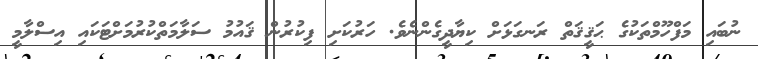
ނުބައި މަފްހޫމްތަކުގެ ޙަޤީޤަތް ރަނގަޅަށް ކިޔާދީގެންނެވެ. ހަރުކަށި ފިކުރުން ޤައުމު ސަލާމަތްކުރުމަށްޓަކައި އިސްލާމީ